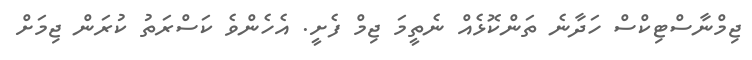
ޖިމްނާސްޓިކްސް ހަދާނެ ތަންކޮޅެއް ނެތީމަ ޖިމް ފެށީ. އެހެންވެ ކަސްރަތު ކުރަން ޖިމަށް